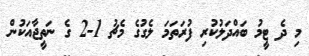
މި ދެ ޓީމު ބައްދަލުކުރި ފުރަތަމަ ލެގުގެ މެޗު 1-2 ގެ ނަތީޖާއަކުން